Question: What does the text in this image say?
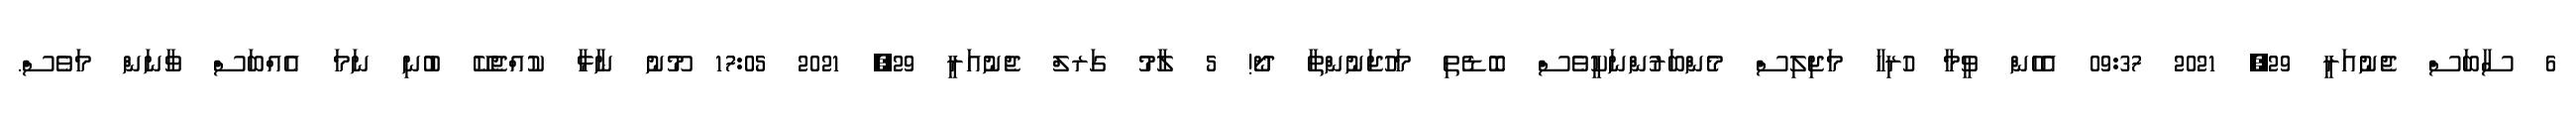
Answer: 6 ސާބަސް ޖެނުއަރީ 29, 2021 09:37 އެހެން ވީމާ ހުރިހާ މަޖިލިސް މެންބަރުންނަކީވެސް ބޮޑެތި މަހުޖަނުންތާ ދޯ! 5 ލާމު ގަރލް ޖެނުއަރީ 29, 2021 17:05 މޫނު ނާޅާ ކުއްޖެކޭ ބުނި ނަމަ އެއްބަސް ވާނަން މަވެސް.